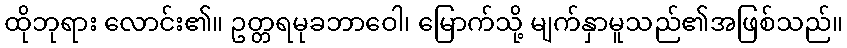
ထိုဘုရား လောင်း၏။ ဥတ္တရမုခဘာဝေါ၊ မြောက်သို့ မျက်နှာမူသည်၏အဖြစ်သည်။